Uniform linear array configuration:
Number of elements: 16
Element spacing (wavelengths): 1
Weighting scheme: blackman
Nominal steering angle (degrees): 0
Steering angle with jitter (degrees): -1.828
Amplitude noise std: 0.05
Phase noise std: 0.05

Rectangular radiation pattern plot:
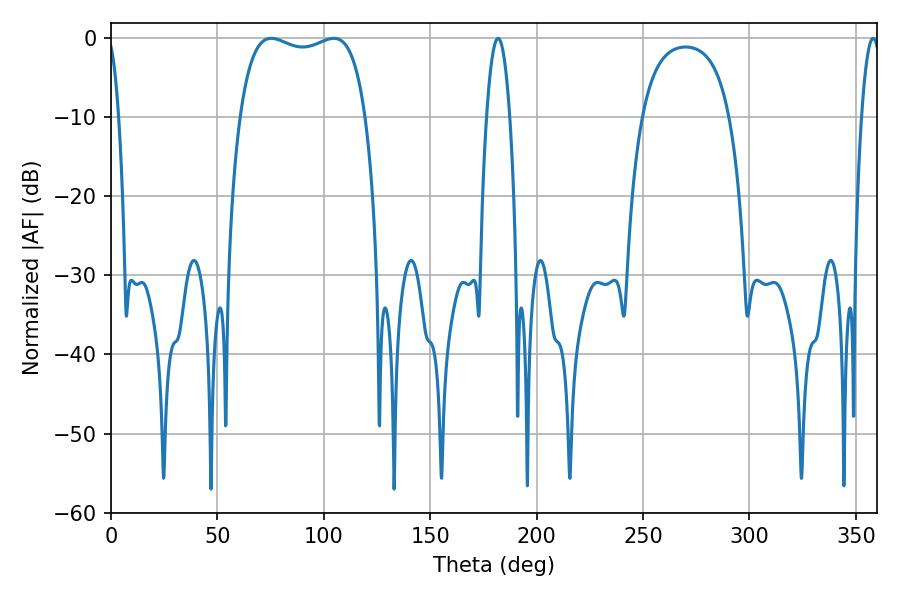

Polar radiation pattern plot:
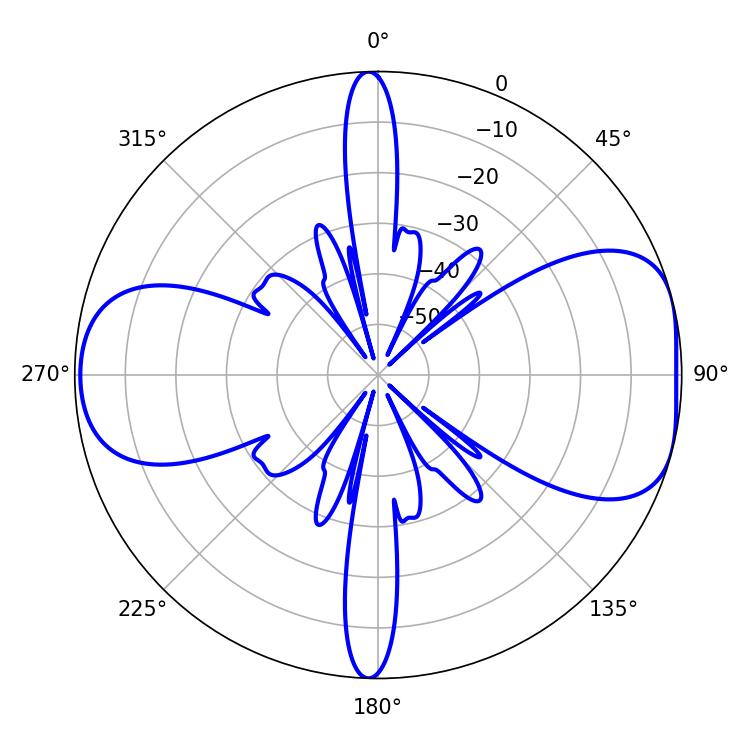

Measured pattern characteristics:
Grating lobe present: TRUE
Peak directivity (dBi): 7.278
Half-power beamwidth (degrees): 47.88
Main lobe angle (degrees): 75.24